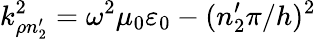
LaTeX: k_{\rho n_{2}^{\prime}}^{2}=\omega^{2}\mu_{0}\varepsilon_{0}-(n_{2}^{\prime}\pi/h)^{2}